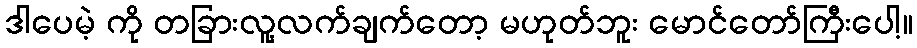
ဒါပေမဲ့ ကို တခြားလူ့လက်ချက်တော့ မဟုတ်ဘူး မောင်တော်ကြီးပေါ့။